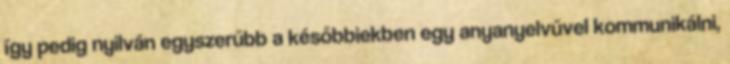
így pedig nyilván egyszerűbb a későbbiekben egy anyanyelvűvel kommunikálni,